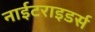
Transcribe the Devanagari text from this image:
नाईटराइडर्स